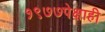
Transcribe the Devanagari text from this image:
१९७७पेक्षाही